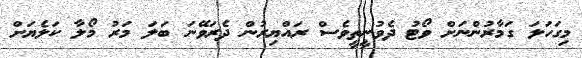
މިގަހަލަ ގަމާރުންނަށް ވޯޓު ދެވުނީތީވެސް ރައްޔިރުން ދެރަވޭނަ ބަލަ މަރު މޯލާ ކަލެޔަށް